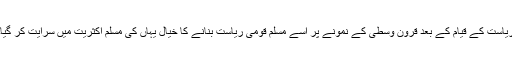
ریاست کے قیام کے بعد قرون وسطیٰ کے نمونے پر اسے مسلم قومی ریاست بنانے کا خیال یہاں کی مسلم اکثریت میں سرایت کر گیا۔